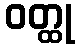
ဝတ္ထု